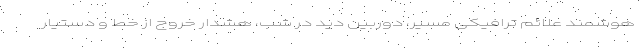
هوشمند علائم ترافیکی مسیر، دوربین دید در شب، هشدار خروج از خط و دستیار